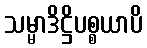
သမ္မာဒိဋ္ဌိပစ္စယာပိ